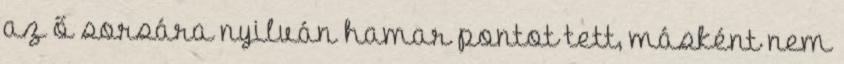
az ő sorsára nyilván hamar pontot tett, másként nem